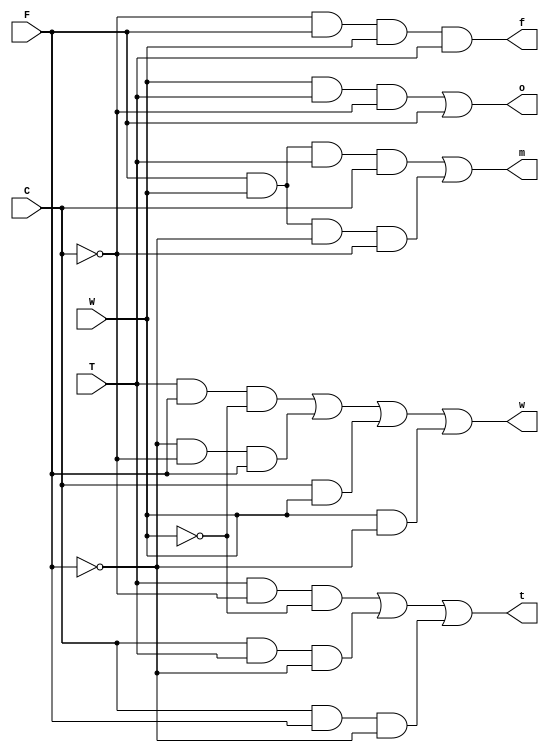
/*
    Coffee Machine Model
    Developer:
    Axel T. Alba
*/
module coffeeMachine(F, W, T, C, t, w, f, m, o);
    /*
        input: 
            F = Fifty Pesos
            W = Twenty pesos
            T = Ten pesos
            C = Coffee Choice 
        output:
            t = Ten pesos change
            w = Twenty pesos change
            f = fifty pesos change
            m = x2 multiplier for 20 pesos change
            o = Coffee Output 
        wires: i0 - i3 are for the inverters of the four input variables, 
        and wr0-wr9 are the wires used by the gates to go from one level to another.
    */
    output t, w, f, m, o;
    input F, W, T, C;
    wire i0, i1, i2, i3, wr0, wr1, wr2, wr3, wr4, wr5, wr6, wr7, wr8, wr9; 

    //NOT gates for the 4 inverters.
    not FI(i0, F), WI(i1, W), TI(i2, F), CI(i3, C); 

    //10 AND gates from the first logic level that denotes the meaning of the wires.
    and A1(wr0, T, i3, i1), A2(wr1, C, T, i0), 
        A3(wr2, C, F, i2), A4(wr3, T, F, i1),  
        A5(wr4, i2, i3, F), A6(wr5, C, W), 
        A7(wr6, W, i2), A8(wr7, F, W, T, C), 
        A9(wr8, F, W, i2, i3), A10(wr9, W, T, i3);

    //4 OR gates from the last logic level that denotes the outcome of the output variables: t, w, m, & o.
    or  O1(t, wr0, wr1, wr2), 
        O2(w, wr3, wr4, wr5, wr6), 
        O3(m, wr7, wr8), 
        O4(o, wr9, F);

    //1 AND gate from the last logic level that denotes the outcome of the output variable f.
    and A11(f, i3, F, W, T);
endmodule